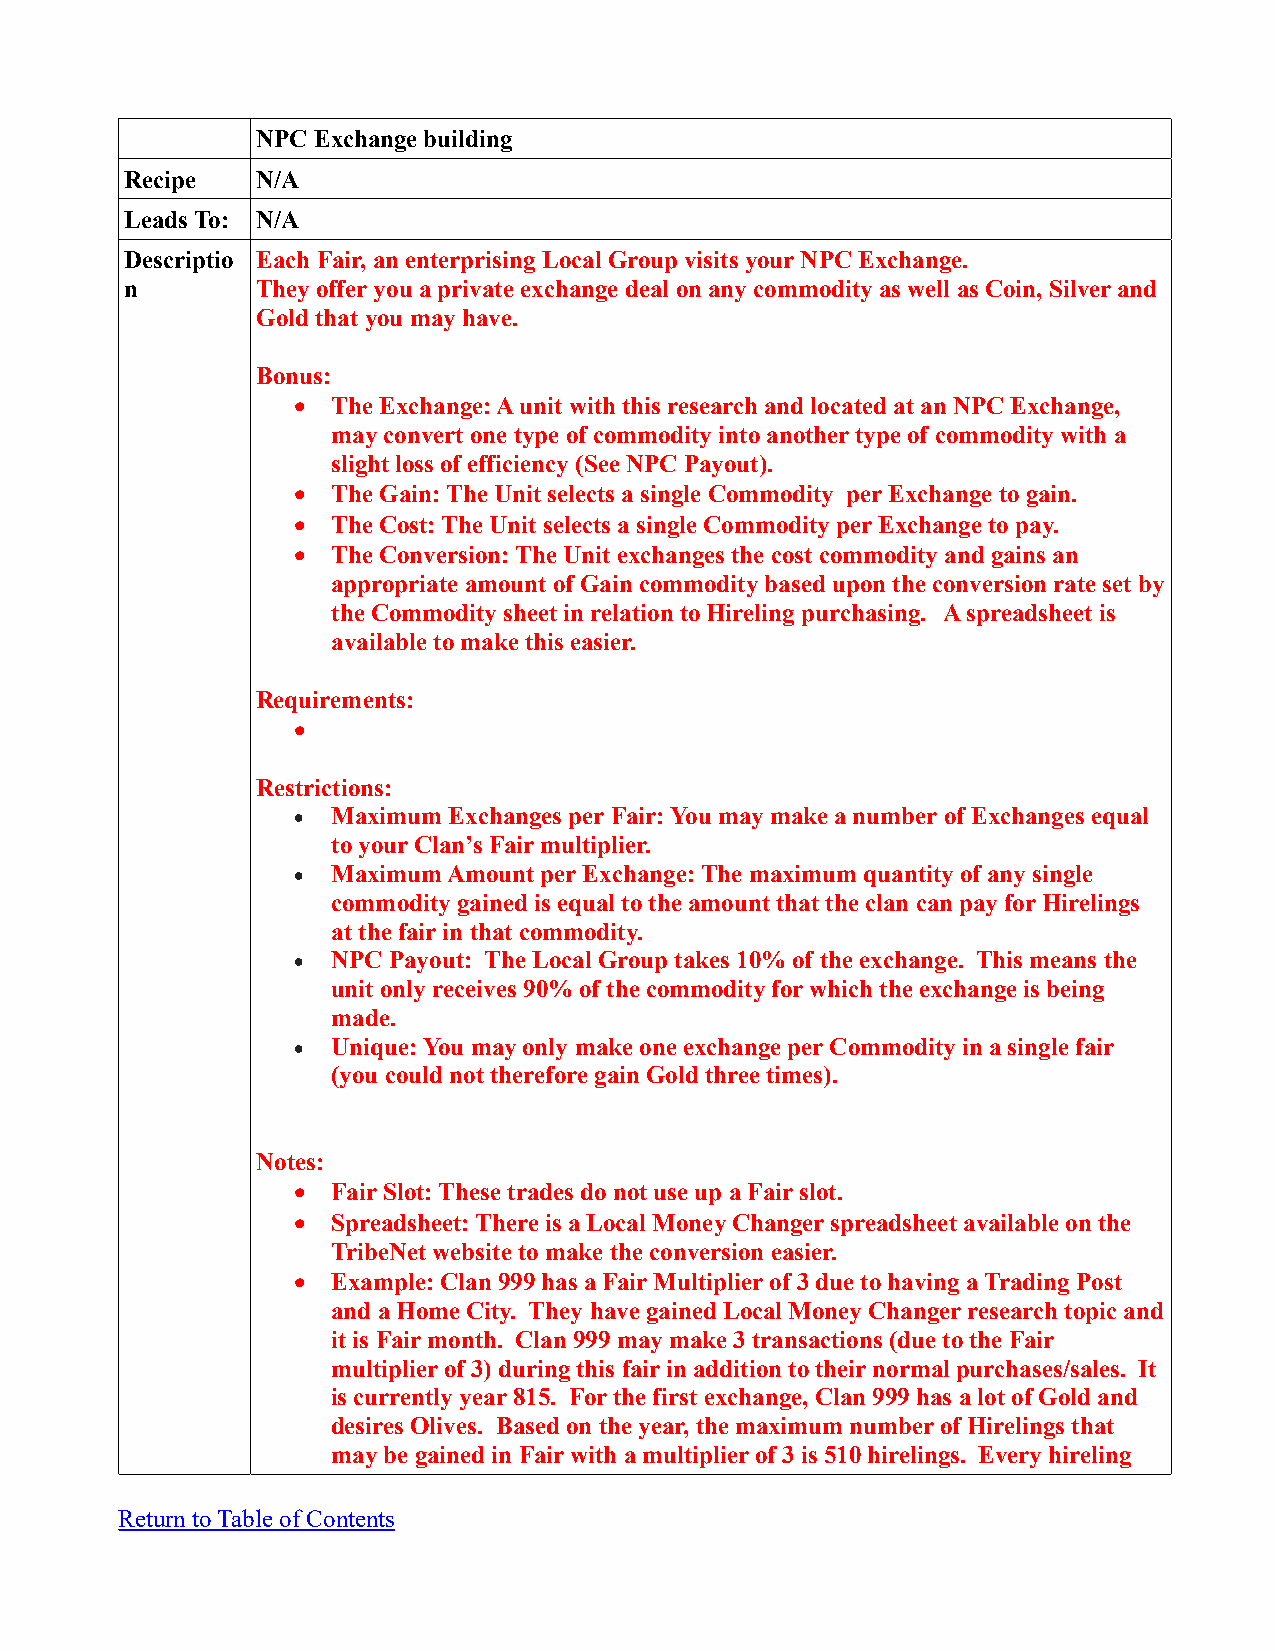
NPC Exchange building
 Recipe   N/A
 Leads To: N/A
 Descriptio Each Fair, an enterprising Local Group visits your NPC Exchange.
 n        They offer you a private exchange deal on any commodity as well as Coin, Silver and
 Gold that you may have.
 Bonus:
   The Exchange: A unit with this research and located at an NPC Exchange,
 may convert one type of commodity into another type of commodity with a
 slight loss of efficiency (See NPC Payout).
   The Gain: The Unit selects a single Commodity per Exchange to gain.
   The Cost: The Unit selects a single Commodity per Exchange to pay.
   The Conversion: The Unit exchanges the cost commodity and gains an
 appropriate amount of Gain commodity based upon the conversion rate set by
 the Commodity sheet in relation to Hireling purchasing. A spreadsheet is
 available to make this easier.
 Requirements:
 
 Restrictions:
   Maximum Exchanges per Fair: You may make a number of Exchanges equal
 to your Clan’s Fair multiplier.
   Maximum Amount per Exchange: The maximum quantity of any single
 commodity gained is equal to the amount that the clan can pay for Hirelings
 at the fair in that commodity.
   NPC Payout: The Local Group takes 10% of the exchange. This means the
 unit only receives 90% of the commodity for which the exchange is being
 made.
   Unique: You may only make one exchange per Commodity in a single fair
 (you could not therefore gain Gold three times).
 Notes:
   Fair Slot: These trades do not use up a Fair slot.
   Spreadsheet: There is a Local Money Changer spreadsheet available on the
 TribeNet website to make the conversion easier.
   Example: Clan 999 has a Fair Multiplier of 3 due to having a Trading Post
 and a Home City. They have gained Local Money Changer research topic and
 it is Fair month. Clan 999 may make 3 transactions (due to the Fair
 multiplier of 3) during this fair in addition to their normal purchases/sales. It
 is currently year 815. For the first exchange, Clan 999 has a lot of Gold and
 desires Olives. Based on the year, the maximum number of Hirelings that
 may be gained in Fair with a multiplier of 3 is 510 hirelings. Every hireling
 Return to Table of Contents